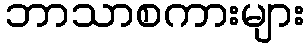
ဘာသာစကားများ